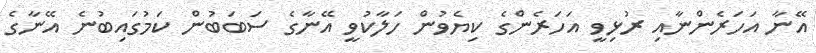
އޭނާ އަހަރެންނާއި ރުޅިވީ އަހަރެންގެ ކިޔެވުން ހަލާކުވީ އޭނާގެ ސަބަބުން ކަމުގައިބުނެ އޭނާގެ